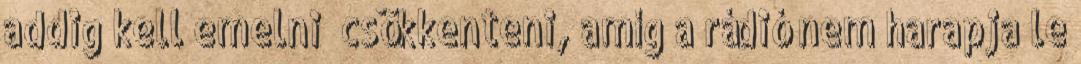
addig kell emelni csökkenteni, amíg a rádió nem harapja le